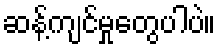
ဆန့်ကျင်မှုတွေပါပဲ။